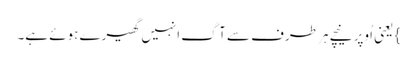
} یعنی اُوپر نیچے ہر طرف سے آگ انہیں گھیرے ہوئے ہے۔